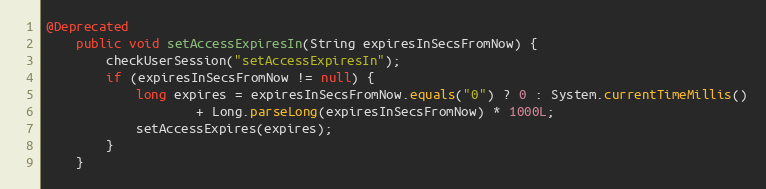
Language: Java
@Deprecated
    public void setAccessExpiresIn(String expiresInSecsFromNow) {
        checkUserSession("setAccessExpiresIn");
        if (expiresInSecsFromNow != null) {
            long expires = expiresInSecsFromNow.equals("0") ? 0 : System.currentTimeMillis()
                    + Long.parseLong(expiresInSecsFromNow) * 1000L;
            setAccessExpires(expires);
        }
    }